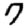
Digit: 7